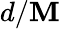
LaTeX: d/\mathbf{M}